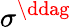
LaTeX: \sigma^{\ddag}